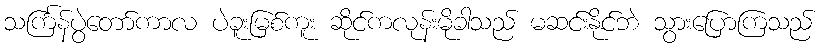
သင်္ကြန်ပွဲတော်ကာလ ပဲခူးမြစ်ကူး ဆိုင်ကလုန်းမိုခါသည် မဆင်းနိုင်ဘဲ သွားပြောကြသည်